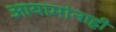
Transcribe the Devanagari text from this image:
आयामांनाही